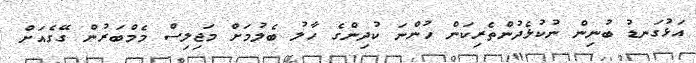
އަޅުގަނޑު ބުނިން ނުކުޅެދުންތެރިކަން ހުންނަ ކުދިންގެ ހާލު ބެލުމަށް މަޖިލިސް މެމްބަރުން ގޭގެއަށް